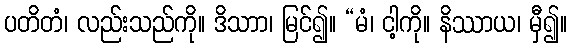
ပတိတံ၊ လည်းသည်ကို။ ဒိသာာ၊ မြင်၍။ “မံ၊ ငါ့ကို။ နိဿာယ၊ မှီ၍။